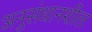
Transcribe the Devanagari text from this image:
अनुसंधानशील